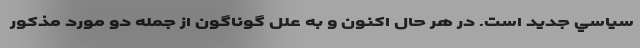
سياسي جديد است. در هر حال اكنون و به علل گوناگون از جمله دو مورد مذكور